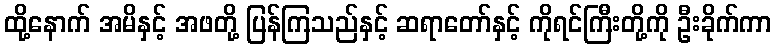
ထို့နောက် အမိနှင့် အဖတို့ ပြန်ကြသည်နှင့် ဆရာတော်နှင့် ကိုရင်ကြီးတို့ကို ဦးခိုက်ကာ